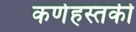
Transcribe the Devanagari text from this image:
कर्णहस्तकी